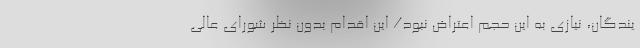
یندگان، نیازی به این حجم اعتراض نبود/ این اقدام بدون نظر شورای عالی